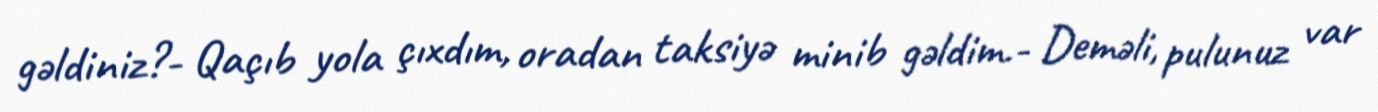
gəldiniz?- Qaçıb yola çıxdım, oradan taksiyə minib gəldim.- Deməli, pulunuz var